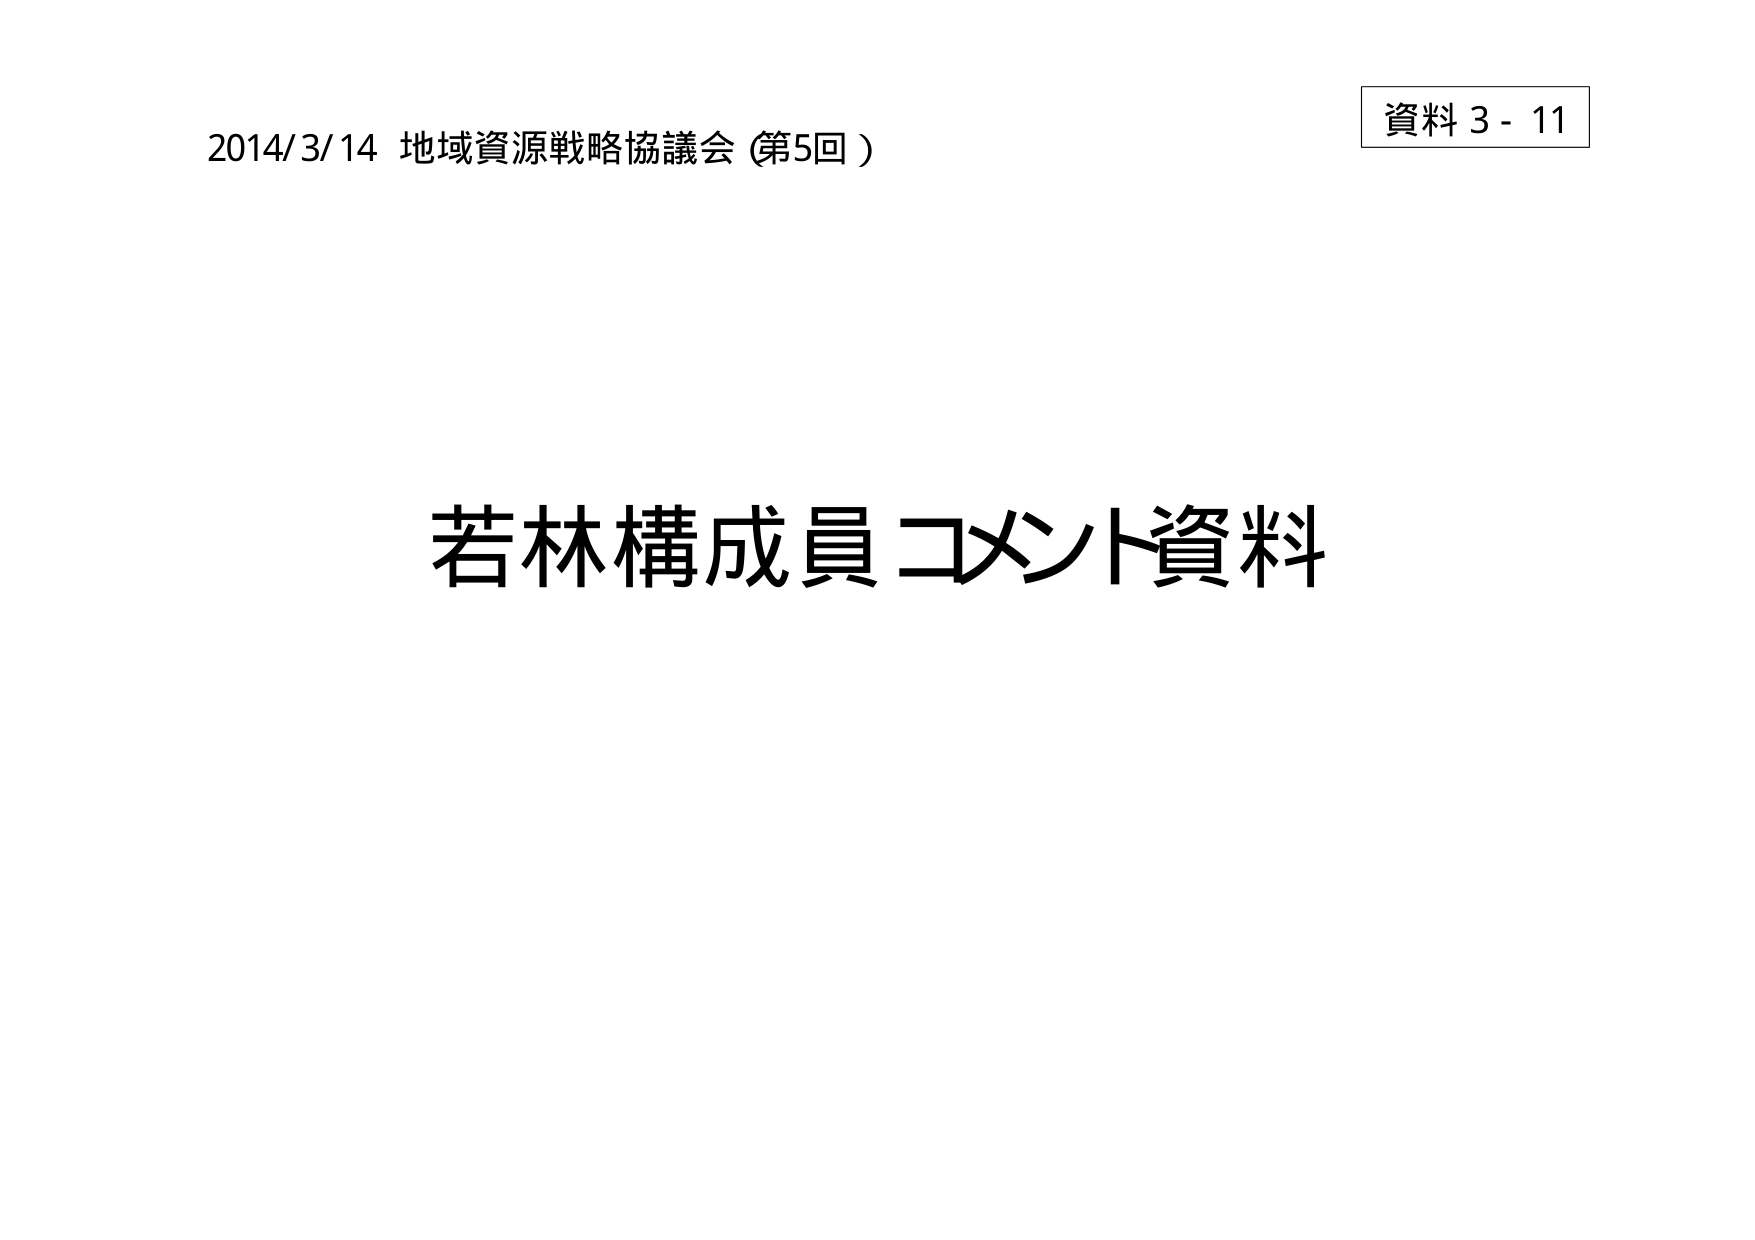
2014/3/14 地域資源戦略協議会（第5回）

資料 3 - 11

若林構成員コメント資料